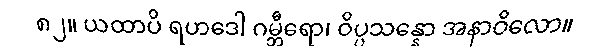
၈၂။ ယထာပိ ရဟဒေါ ဂမ္ဘီရော၊ ဝိပ္ပသန္နော အနာဝိလော။